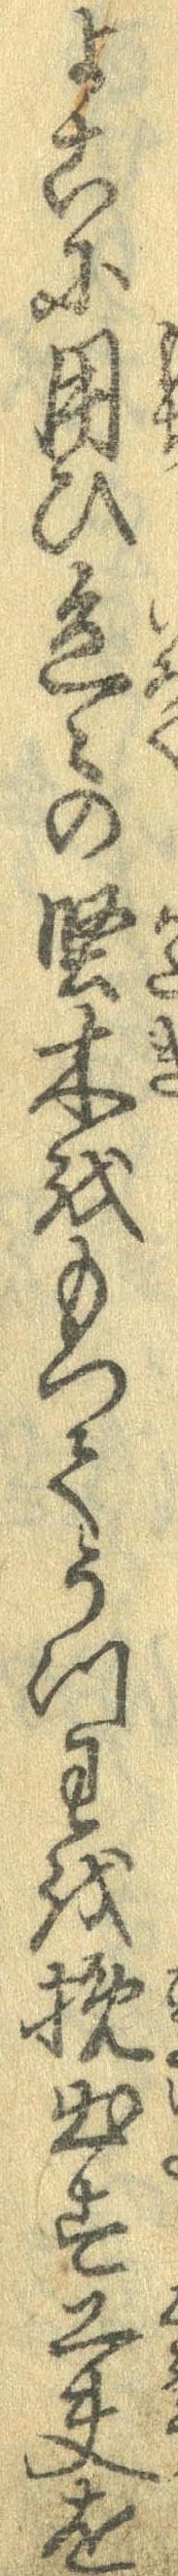
よこに用ひ色々の堅木をもってうつわを挽出す工夫を